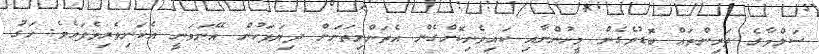
ސަލްމާގެ ދަރިންތައް ބޮޑުވެގެން މީހުންނާއި ކައިވެނިކޮށްގެން އެތަންމިތަނަށް ދިޔަފަހުން އޭނަވަނީ އެކަނިވެރިވެފައެވެ. ހަގު